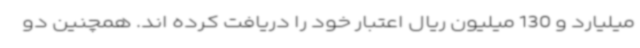
میلیارد و 130 میلیون ریال اعتبار خود را دریافت کرده اند. همچنین دو